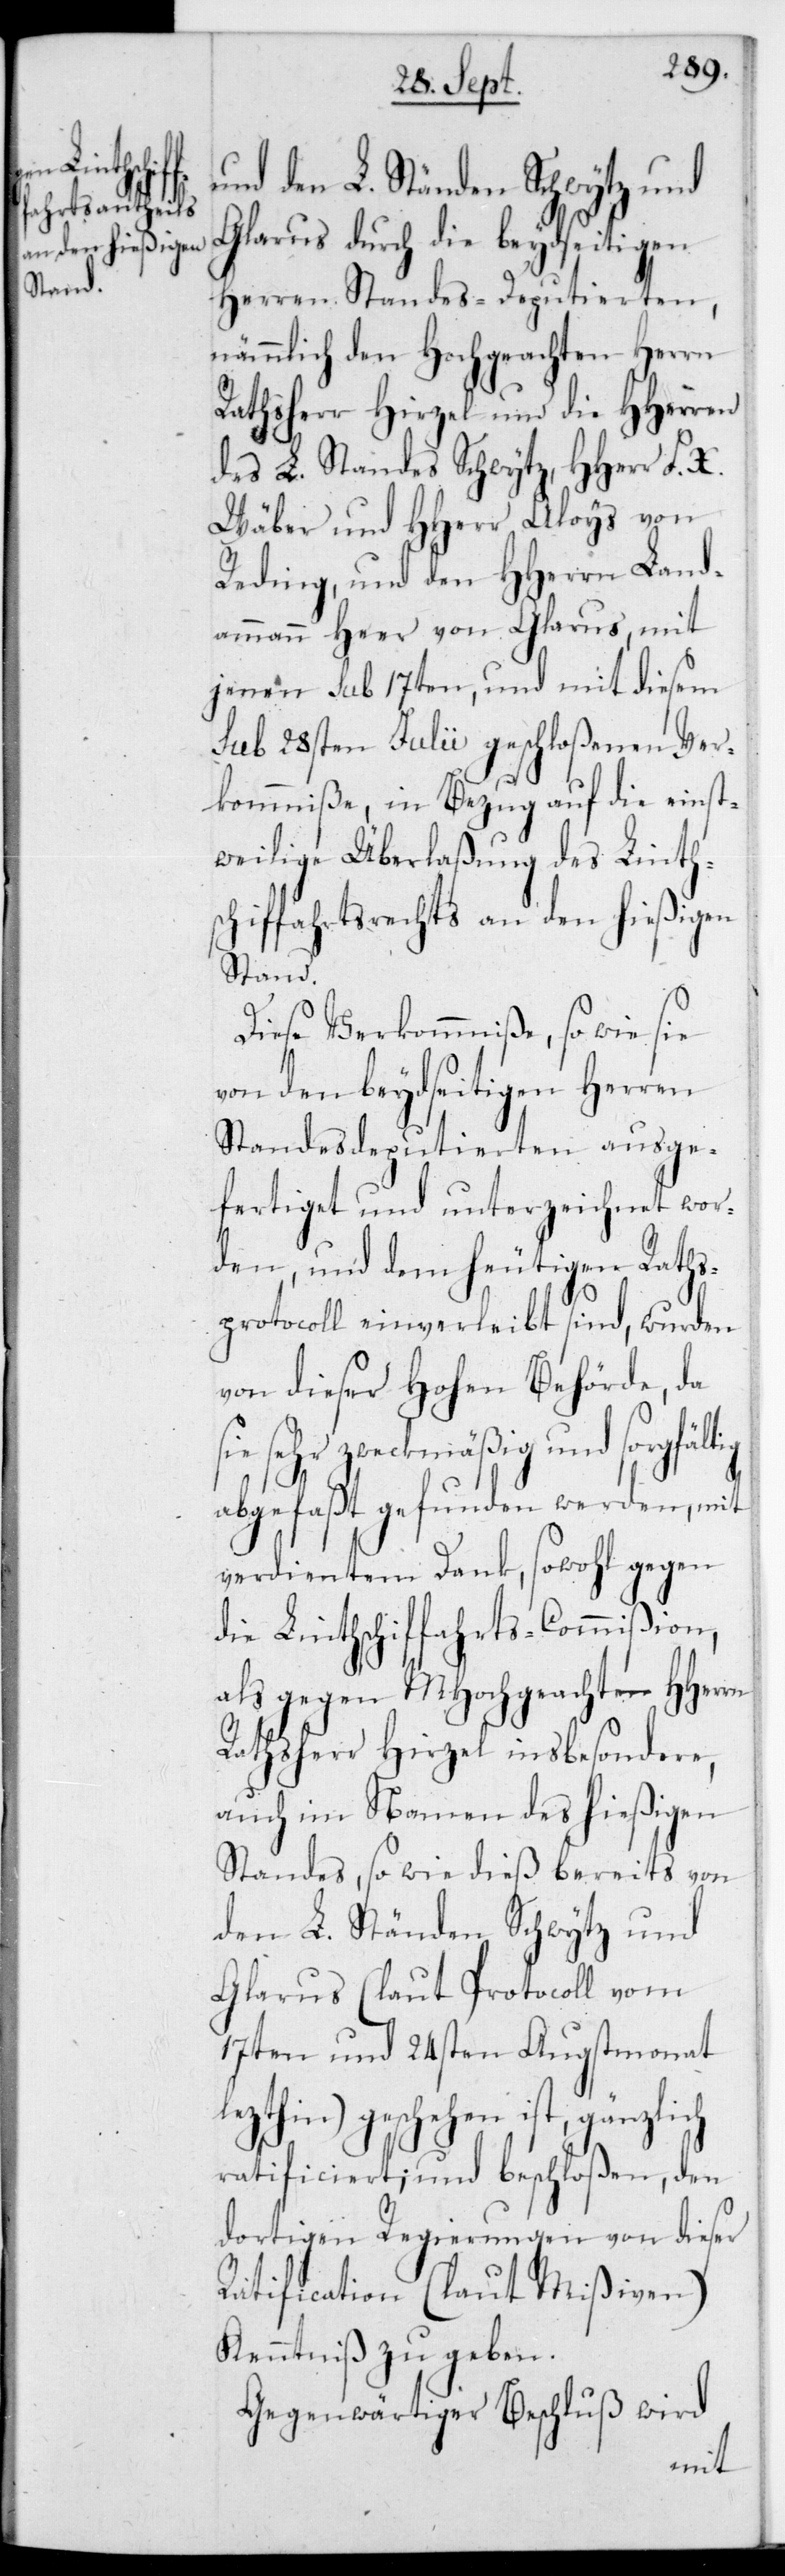
und den L. Ständen Schwytz und
Glarus durch die beydseitigen
HerrenStandes-Deputierten,
nämmlich den Hochgeachten Herrn
Rathsherr Hirzel und die HHerren
des L. Standes Schwytz, HHerr F.
Wäber und HHerr Aloys von
Reding, und den HHerren Land¬
ammann Heer von Glarus, mit
jenen sub 17ten, und mit diesem
sub 28sten Julii geschloßenen Ver¬
kommniße, in Bezug auf die einst¬
weilige Überlaßung des Linth¬
schiffahrtsrechts an den hießigen¬
Stand.
Diese Verkommniße, so wie sie
von den beydseitigen Herren¬
Standesdeputierten ausge¬
fertiget und unterzeichnet wor¬
den, und dem heutigen Raths¬
protocoll einverleibt sind, wurden
von dieser Hohen Behörde, da
sehr zweckmäßig und sorgfäl¬
abgefaßt gefunden werden, mit
verdientem Dank, sowohl gegen
die Linthschiffahrts-Commißion,
als gegen MHochgeachten HHerrn
Rathsherr Hirzel insbesondere,
auch im Namen des hießigen¬
Standes, sowie dieß bereits von
den L. Ständen Schwytz und
Glarus (laut Protocoll vom
17ten und 24sten Augstmonat
lezthin) geschehen ist, gänzlich
ratificiert; und beschloßen, den
dortigen Regierungen von dieser
Ratification (laut Mißiven)
Kenntniß zu geben.
Gegenwärtiger Beschluß wird
tig